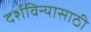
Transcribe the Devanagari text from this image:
दर्शविन्यासाठी